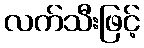
လက်သီးဖြင့်